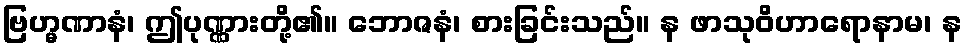
ဗြဟ္မဏာနံ၊ ဤပုဏ္ဏားတို့၏။ ဘောဇနံ၊ စားခြင်းသည်။ န ဖာသုဝိဟာရောနာမ၊ န